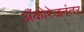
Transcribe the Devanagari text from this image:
अँकोरेजनंतर